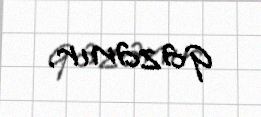
qazanır.